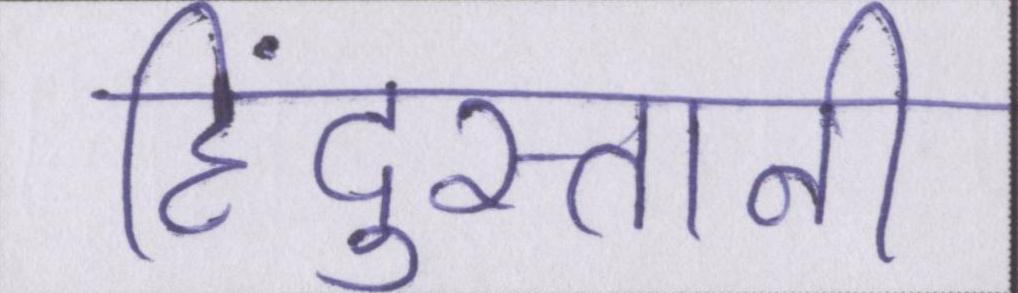
हिंदुस्तानी